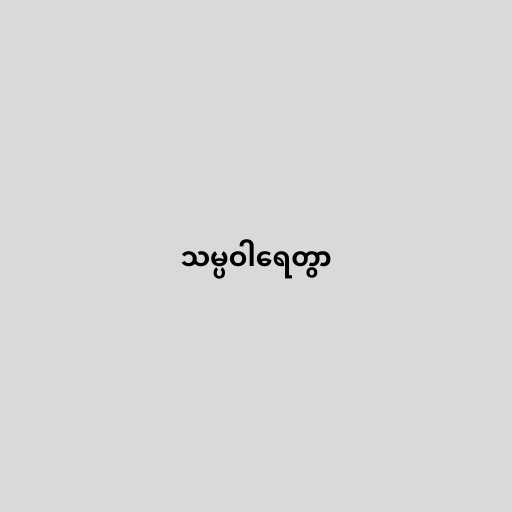
သမ္ပဝါရေတွာ